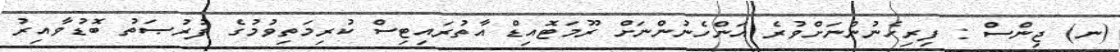
(ނ) ޖިންސް : ފިރިހެނުންނަށްވުރެ އަންހެނުންނަށް ރޫމަޓޮއިޑް އާތުރައިޓިސް ކުރިމަތިވުމުގެ ފުރުޞަތު ބޮޑުވާއިރު